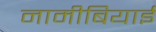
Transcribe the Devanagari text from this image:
नामीबियाई